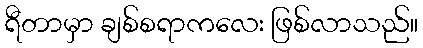
ရီတာမှာ ချစ်စရာကလေး ဖြစ်လာသည်။